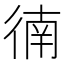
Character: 㣮